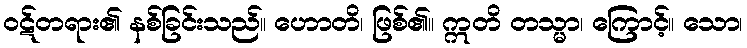
ဝဋ်တရား၏ နစ်ခြင်းသည်။ ဟောတိ၊ ဖြစ်၏။ ဣတိ တသ္မာ၊ ကြောင့်။ သော၊